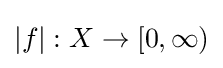
|f|:X\to [0,\infty )